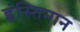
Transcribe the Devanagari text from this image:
इंस्तिमान